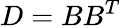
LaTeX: D=BB^{T}